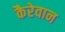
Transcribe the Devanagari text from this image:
कैरेवान